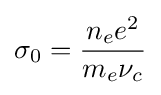
\sigma _{0}={\frac {n_{e}e^{2}}{m_{e}\nu _{c}}}